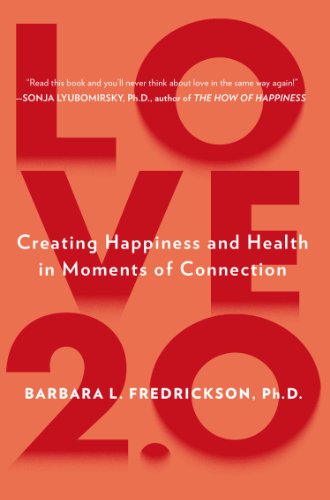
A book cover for Love 2.0: Finding Happiness and Health in Moments of Connection; Barbara L. Fredrickson Ph.D.; Health, Fitness & Dieting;